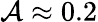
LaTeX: \mathcal{A}\approx0.2